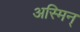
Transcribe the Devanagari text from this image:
अस्मिन्‌